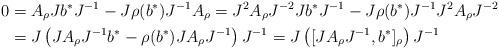
LaTeX: \begin{align*}0 & = A_\rho J b^* J^{-1} - J \rho(b^*) J^{-1} A_\rho = J^2 A_\rho J^{-2} J b^* J^{-1} - J \rho(b^*) J^{-1} J^2 A_\rho J^{-2} \\& = J \left( J A_\rho J^{-1} b^* - \rho(b^*) J A_\rho J^{-1} \right) J^{-1} = J \left( [J A_\rho J^{-1}, b^*]_\rho \right) J^{-1} \end{align*}